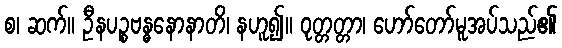
စ၊ ဆက်။ ဦနပဉ္စဗန္ဓနောနာတိ၊ နဟူ၍။ ဝုတ္တတ္တာ၊ ဟော်တော်မူအပ်သည်၏